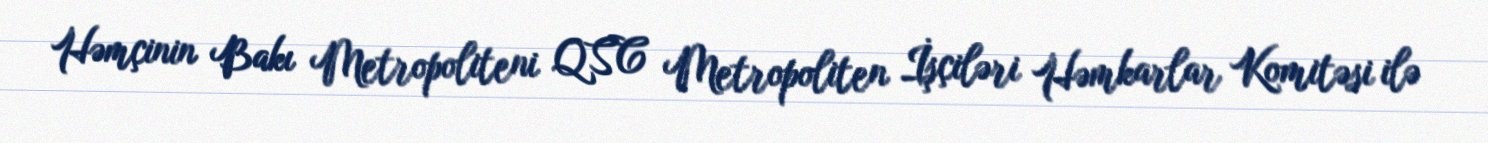
Həmçinin Bakı Metropoliteni QSC Metropoliten İşçiləri Həmkarlar Komitəsi ilə